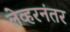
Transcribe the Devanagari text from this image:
लेव्हरनंतर